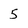
Character: 5